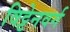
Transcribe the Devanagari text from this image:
विट्टेनवर्ग